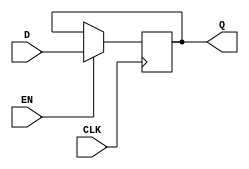
module EdgeTriggeredGatedLatch (
    input wire D,       // Data Input
    input wire CLK,     // Clock Input
    input wire EN,      // Enable Signal
    output reg Q        // Output
);

// Edge-triggered gated latch behavior
always @(posedge CLK) begin
    if (EN) begin
        Q <= D;  // Capture the value of D when EN is high
    end
    // If EN is low, Q retains its previous value
end

endmodule